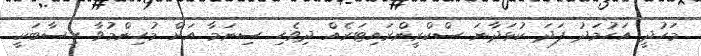
މަހުދީ އަހުމަދު ފަދަ ކުޅަދާނަ ސްކްރީންރައިޓަރެއް ދިވެހި ސިނަމާ އަށް މުހިންމުވާ ހިސާބަކީ